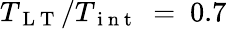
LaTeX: T_{\mathrm{~L~T~}}/T_{\mathrm{~i~n~t~}}~=~0.7